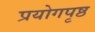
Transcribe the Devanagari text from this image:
प्रयोगपृष्ठ